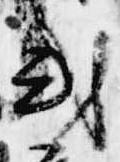
或